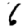
Digit: 6